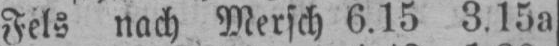
Fels nach Mersch 6.15 3.15a